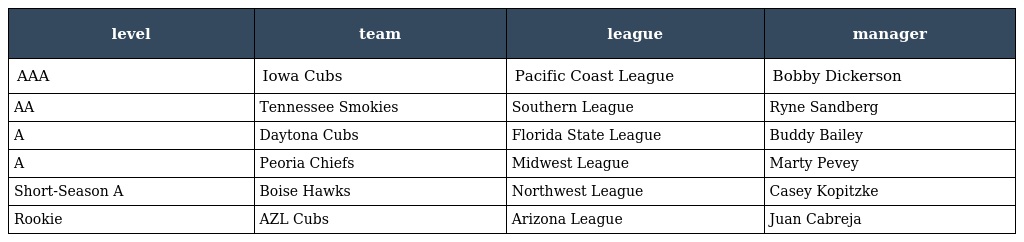
| level | team | league | manager |
 | --- | --- | --- | --- |
 | AAA | Iowa Cubs | Pacific Coast League | Bobby Dickerson |
 | AA | Tennessee Smokies | Southern League | Ryne Sandberg |
 | A | Daytona Cubs | Florida State League | Buddy Bailey |
 | A | Peoria Chiefs | Midwest League | Marty Pevey |
 | Short-Season A | Boise Hawks | Northwest League | Casey Kopitzke |
 | Rookie | AZL Cubs | Arizona League | Juan Cabreja |